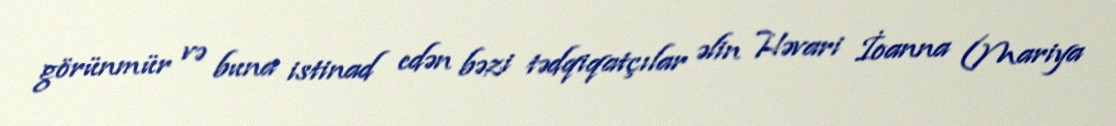
görünmür və buna istinad edən bəzi tədqiqatçılar əlin Həvari İoanna (Mariya